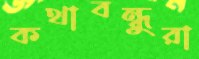
কথাবন্ধুরা